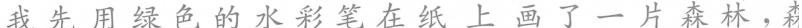
我先用绿色的水彩笔在纸上 画了一片森林， 森